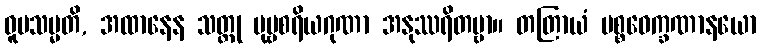
ဝူပသမ္မတိ, အထာနေန သတ္ထု ပုဗ္ဗစရိယဂုဏာ အနုဿရိတဗ္ဗာ။ တတြာယံ ပစ္စဝေက္ခဏာနယော